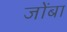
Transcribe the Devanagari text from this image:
जोंबा